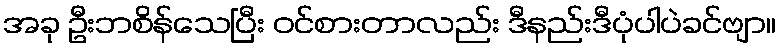
အခု ဦးဘစိန်သေပြီး ဝင်စားတာလည်း ဒီနည်းဒီပုံပါပဲခင်ဗျာ။